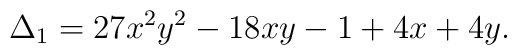
\Delta_1=27x^2y^2-18xy-1+4x+4y.